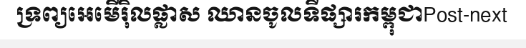
ទ្រព្យអេមើរ៉ិលផ្លាស ឈានចូលទីផ្សារកម្ពុជាPost-next